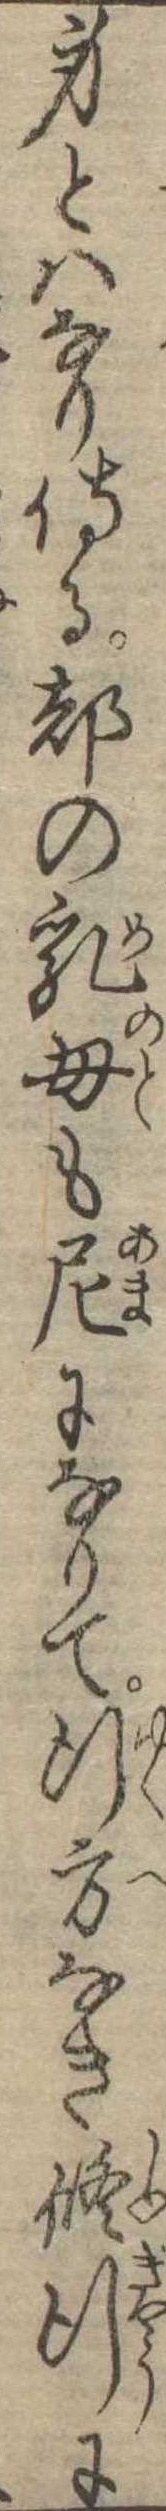
身とはなり侍る都の乳母も尼になりて行方なき修行に